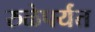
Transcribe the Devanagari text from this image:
रुळेपर्यंत